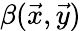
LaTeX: \beta(\vec{x},\vec{y})